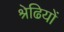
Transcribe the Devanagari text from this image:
श्रेढियों